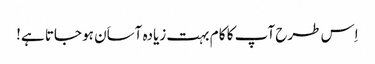
اِس طرح آپ کا کا م بہت زیادہ آساَن ہو جاتا ہے!